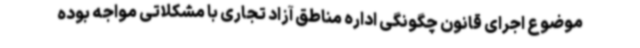
موضوع اجرای قانون چگونگی اداره مناطق آزاد تجاری با مشکلاتی مواجه بوده